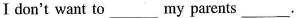
Ⅰdon't want to___my parents___.